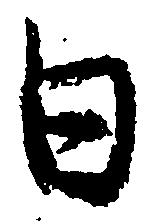
日